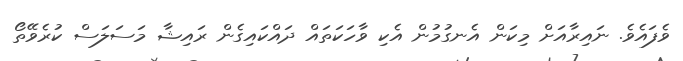
ވެފައެވެ. ނައިރާއަށް މިކަން އެނގުމުން އެކި ވާހަކަތައް ދައްކައިގެން ރައިޝާ މަސަލަސް ކުރެވޭތޯ